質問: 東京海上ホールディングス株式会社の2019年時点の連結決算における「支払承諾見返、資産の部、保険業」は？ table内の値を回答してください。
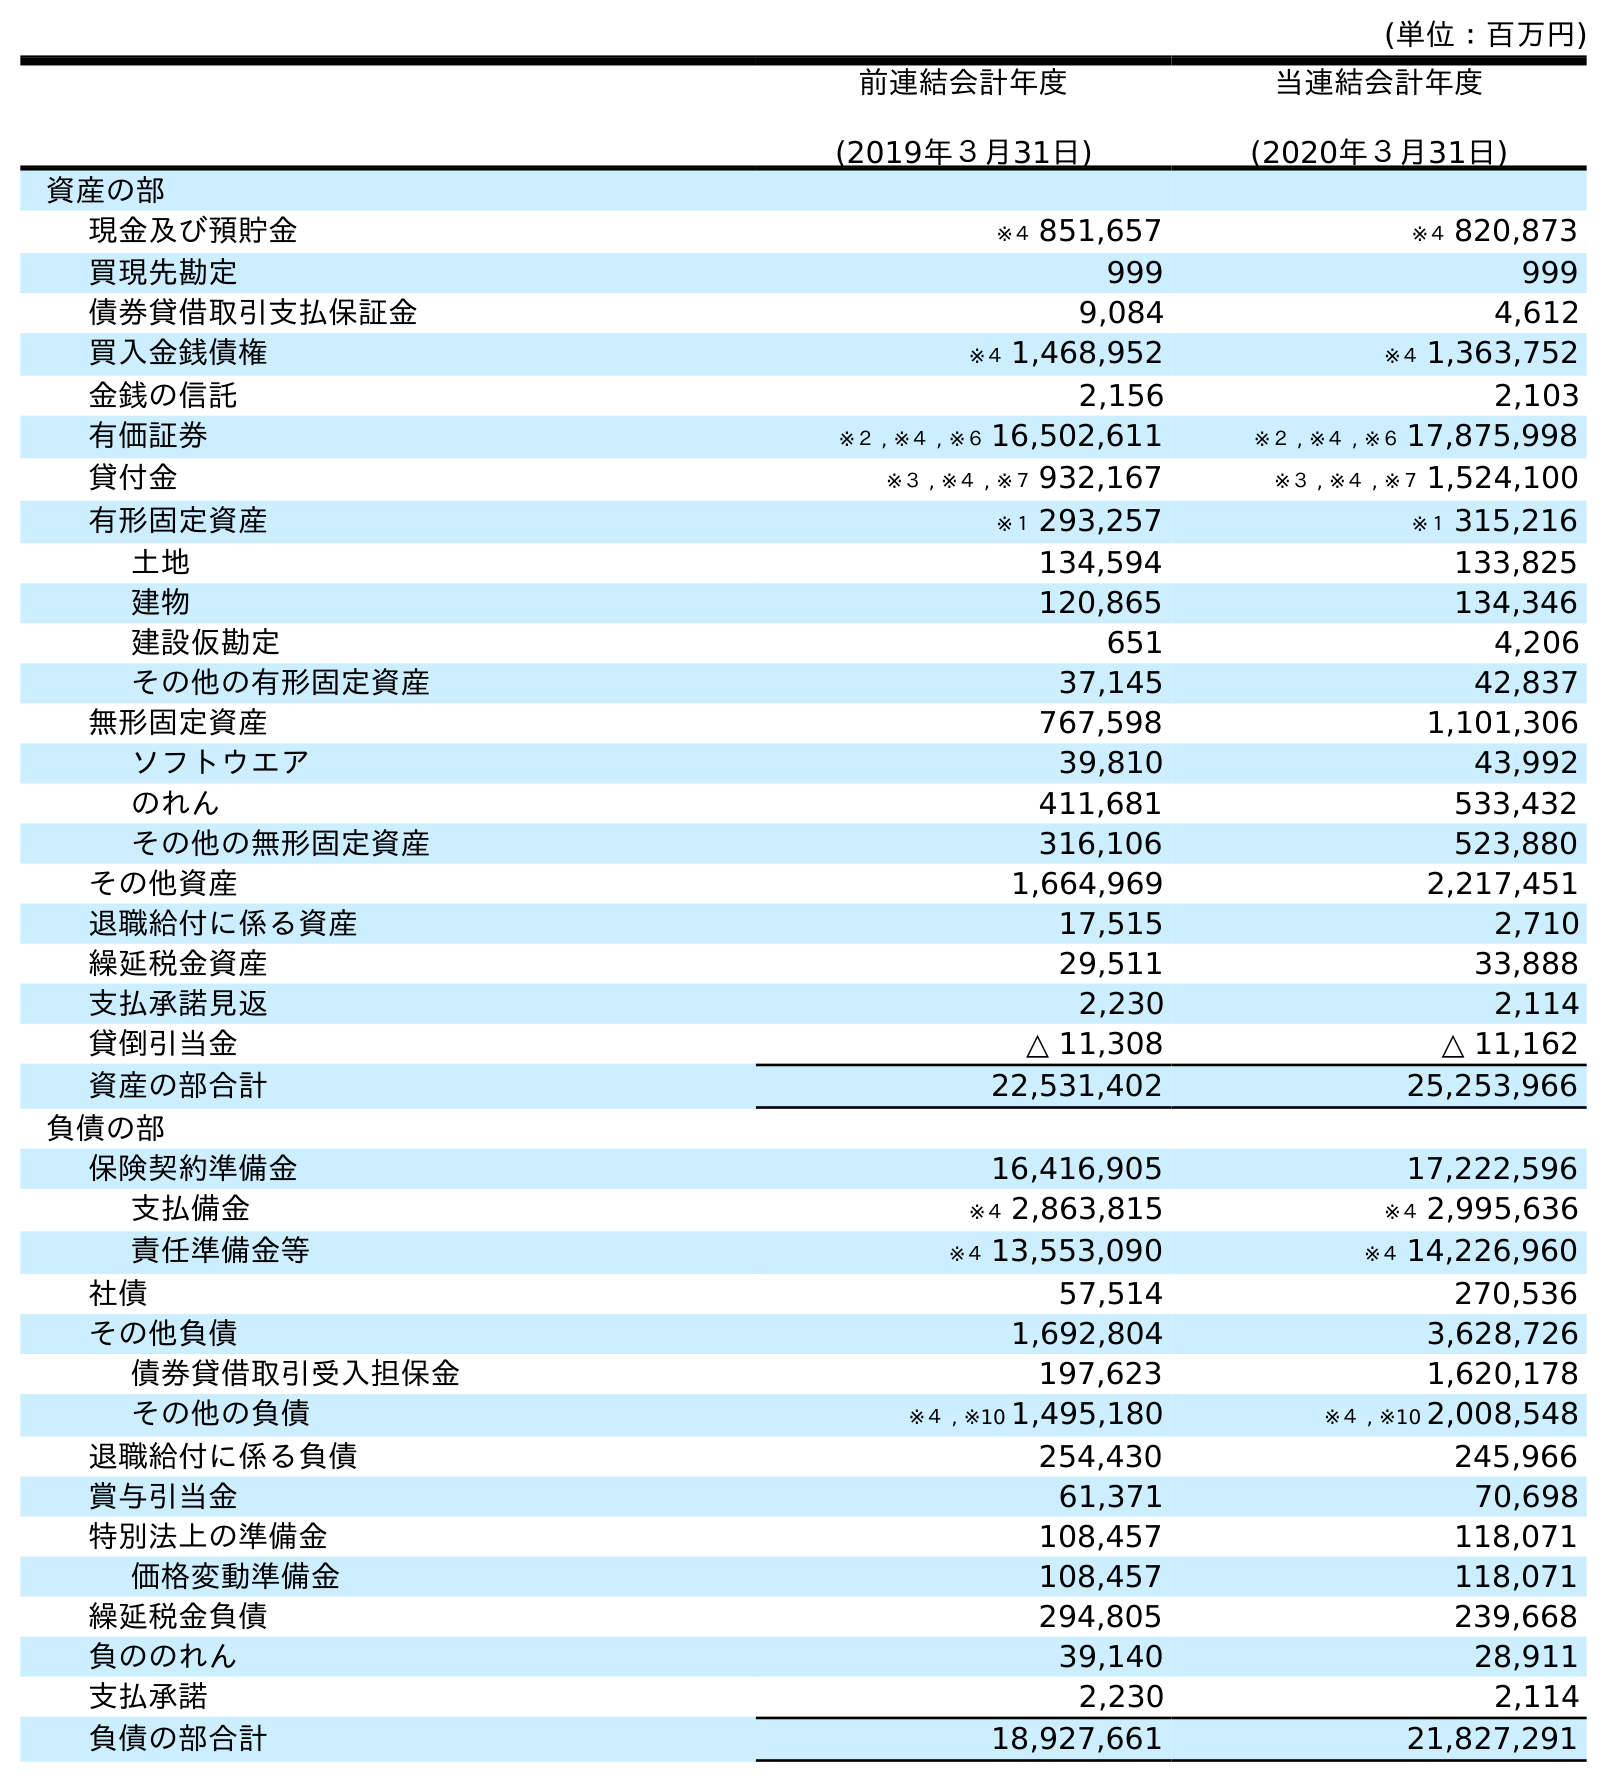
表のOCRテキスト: (単位：百万円) 前連結会計年度 (2019年３月31日) 当連結会計年度 (2020年３月31日) 資産の部 現金及び預貯金 ※４ 851,657 ※４ 820,873 買現先勘定 999 999 債券貸借取引支払保証金 9,084 4,612 買入金銭債権 ※４ 1,468,952 ※４ 1,363,752 金銭の信託 2,156 2,103 有価証券 ※２ , ※４ , ※６ 16,502,611 ※２ , ※４ , ※６ 17,875,998 貸付金 ※３ , ※４ , ※７ 932,167 ※３ , ※４ , ※７ 1,524,100 有形固定資産 ※１ 293,257 ※１ 315,216 土地 134,594 133,825 建物 120,865 134,346 建設仮勘定 651 4,206 その他の有形固定資産 37,145 42,837 無形固定資産 767,598 1,101,306 ソフトウエア 39,810 43,992 のれん 411,681 533,432 その他の無形固定資産 316,106 523,880 その他資産 1,664,969 2,217,451 退職給付に係る資産 17,515 2,710 繰延税金資産 29,511 33,888 支払承諾見返 2,230 2,114 貸倒引当金 △ 11,308 △ 11,162 資産の部合計 22,531,402 25,253,966 負債の部 保険契約準備金 16,416,905 17,222,596 支払備金 ※４ 2,863,815 ※４ 2,995,636 責任準備金等 ※４ 13,553,090 ※４ 14,226,960 社債 57,514 270,536 その他負債 1,692,804 3,628,726 債券貸借取引受入担保金 197,623 1,620,178 その他の負債 ※４ , ※10 1,495,180 ※４ , ※10 2,008,548 退職給付に係る負債 254,430 245,966 賞与引当金 61,371 70,698 特別法上の準備金 108,457 118,071 価格変動準備金 108,457 118,071 繰延税金負債 294,805 239,668 負ののれん 39,140 28,911 支払承諾 2,230 2,114 負債の部合計 18,927,661 21,827,291
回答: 2,230